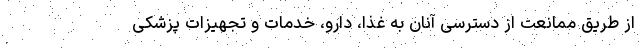
از طریق ممانعت از دسترسی آنان به غذا، دارو، خدمات و تجهیزات پزشکی